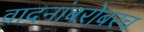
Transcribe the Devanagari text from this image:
वादनांबरोबरच